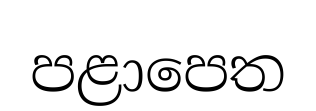
පළාපෙත